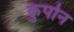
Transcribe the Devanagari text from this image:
कुपोन